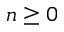
n \ge 0